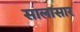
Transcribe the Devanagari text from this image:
सालासार